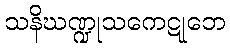
သနိဃဏ္ဍုသကေဋုဘေ